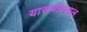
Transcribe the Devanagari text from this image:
यासभोवताल